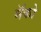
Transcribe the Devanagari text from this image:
मॅको